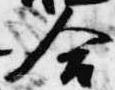
合